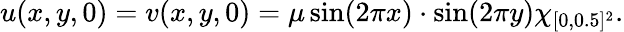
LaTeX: \begin{array}{r}{u(x,y,0)=v(x,y,0)=\mu\sin(2\pi x)\cdot\sin(2\pi y)\chi_{[0,0.5]^{2}}.}\end{array}